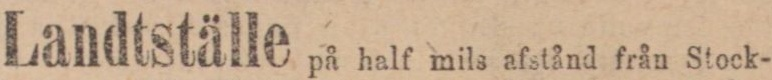
Landtställe på half mils afstånd från Stock-